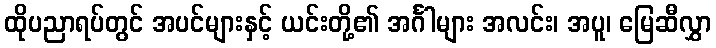
ထိုပညာရပ်တွင် အပင်များနှင့် ယင်းတို့၏ အင်္ဂါများ အလင်း၊ အပူ၊ မြေဆီလွှာ